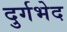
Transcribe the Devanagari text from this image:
दुर्गभेद